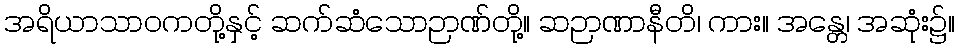
အရိယာသာဝကတို့နှင့် ဆက်ဆံသောဉာဏ်တို့။ ဆဉာဏာနီတိ၊ ကား။ အန္တေ၊ အဆုံး၌။